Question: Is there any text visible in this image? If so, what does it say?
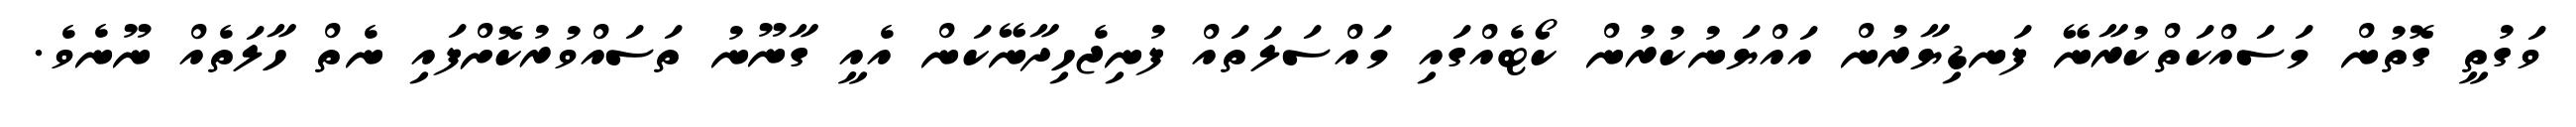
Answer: ވަގުތީ ގޮތުން މަސައްކަތްކުރާނޭ ފަނޑިޔާރުން އައްޔަނުކުރުން ކޯޓެއްގައި މައްސަލަތައް ފުނިޖެހިދާނޭކަން އެއީ ގާނޫނު ތަސައްވުރުކޮށްފައި ނެތް ހާލަތެއް ނޫނެވެ.